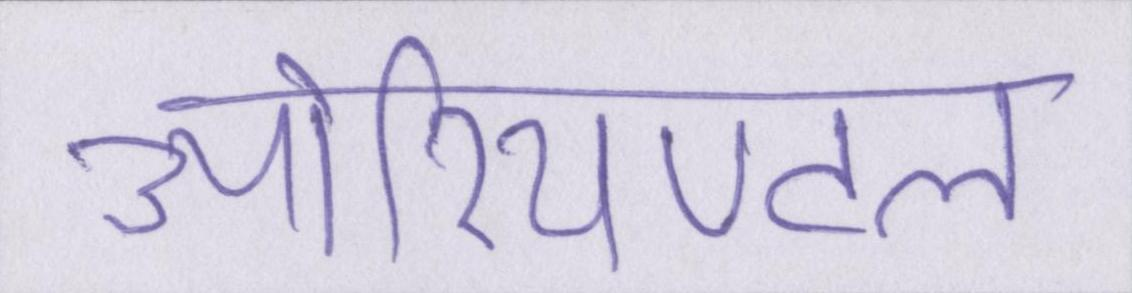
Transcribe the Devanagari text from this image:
ओरियण्टल